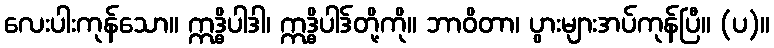
လေးပါးကုန်သော။ ဣဒ္ဓိပါဒါ၊ ဣဒ္ဓိပါဒ်တို့ကို။ ဘာဝိတာ၊ ပွားများအပ်ကုန်ပြီ။ (ပ)။